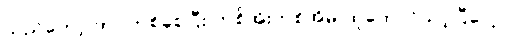
သည်တော့ ဘဝတစ်ခုစပြီး တစ်အိုးတစ်အိမ် ထူထောင်သင့်ပြီပေါ့။